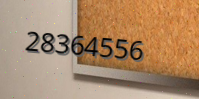
28364556